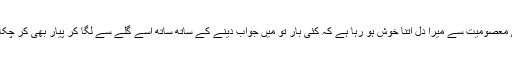
اُسکی معصومیت سے میرا دِل اتنا خوش ہو رہا ہے کہ کئی بار تو میں جواب دینے کے ساتھ ساتھ اُسے گلے سے لگا کر پیار بھی کر چکا ہوں۔